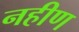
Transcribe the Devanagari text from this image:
नहीण